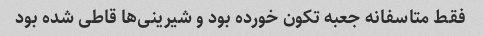
فقط متاسفانه جعبه تکون خورده بود و شیرینی‌ها قاطی شده بود